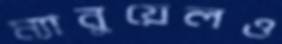
ম্যানুয়েলও